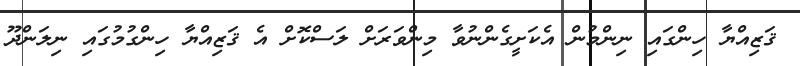
ޤަޒިއްޔާ ހިންގައި ނިންމުން އެކަށީގެންނުވާ މިންވަރަށް ލަސްކޮށް އެ ޤަޒިއްޔާ ހިންގުމުގައި ނިލަންދޫ